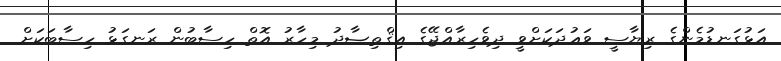
އަޅުގަނޑުމެންގެ ރިޔާސީ ވަޢުދަކަށްވީ ދިވެހިރާއްޖޭގެ އިޤްތިޞާދު މިހާރު އޮތް ހިސާބުން ރަނގަޅު ހިސާބަކަށް